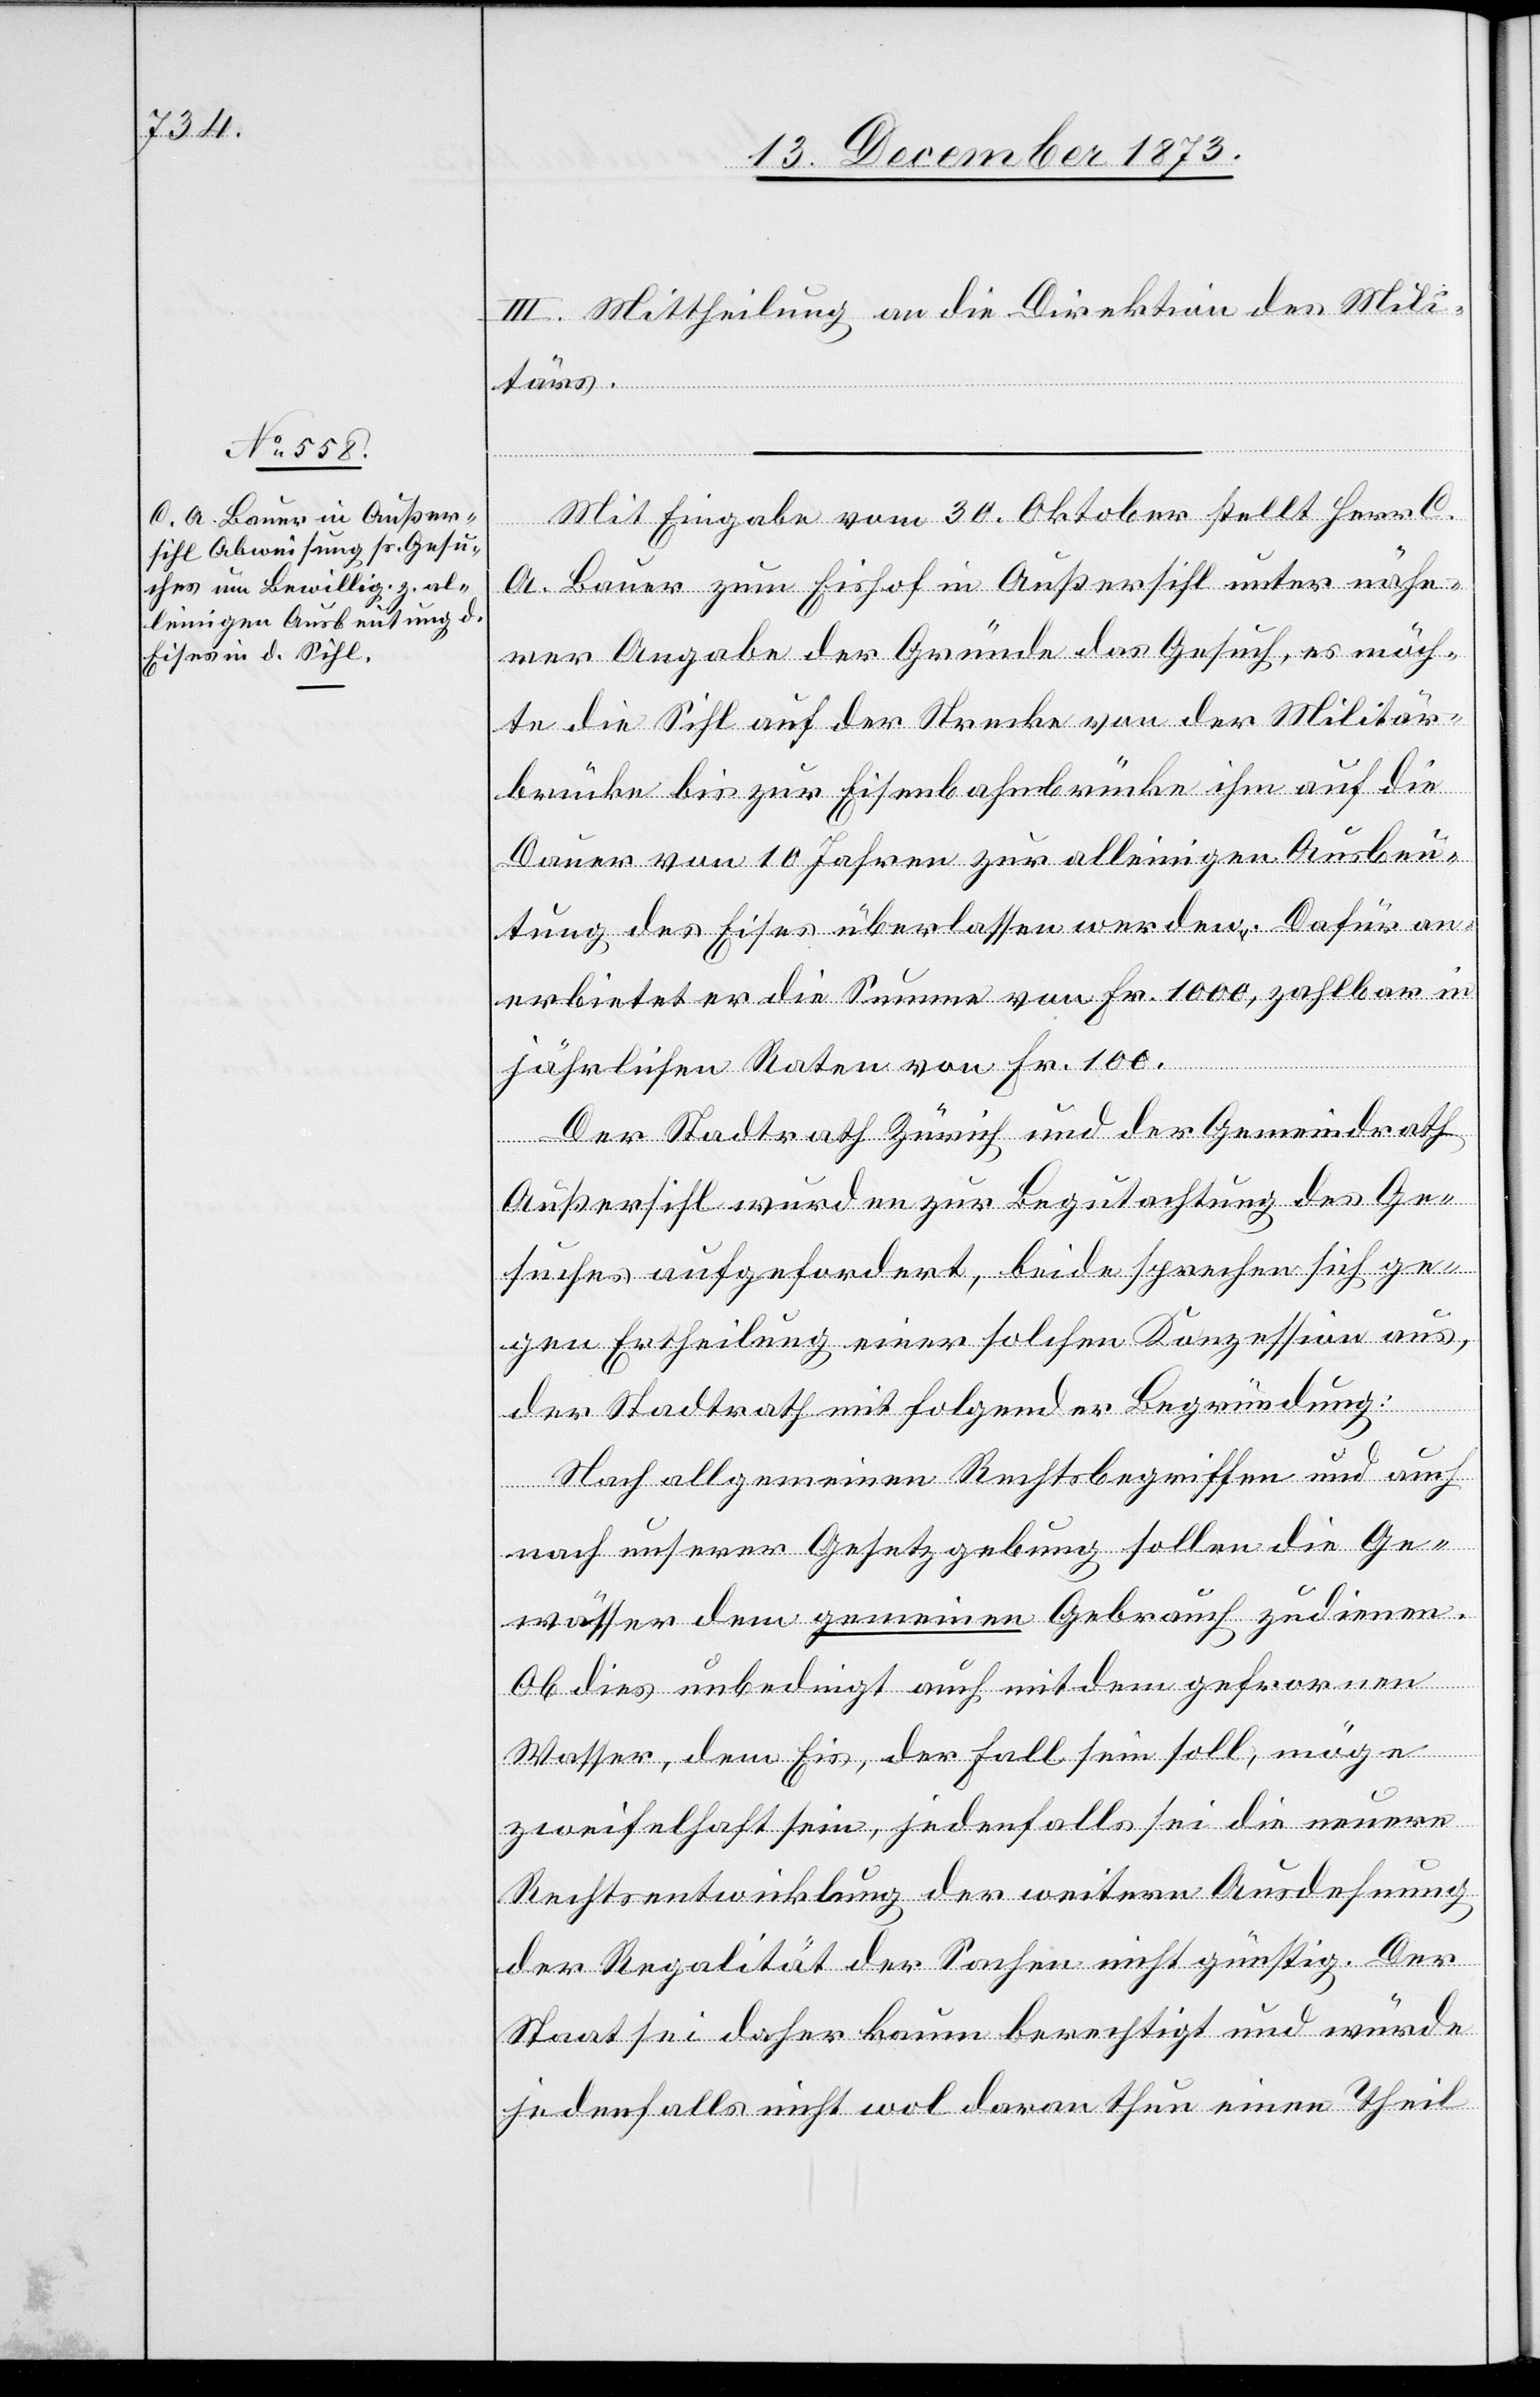
III. Mittheilung an die Direktion des Mili¬
tärs.
Mit Eingabe vom 30. Oktober stellt Herr C.
A. Bauer zum Eishof in Außersihl unter nähe¬
rer Angabe der Gründe das Gesuch, es möch¬
te die Sihl auf der Strecke von der Militär¬
brücke bis zur Eisenbahnbrücke ihm auf die
Dauer von 10 Jahren zur alleinigen Ausbeu¬
tung des Eises überlassen werden. Dafür an¬
erbietet er die Summe von Fr. 1 000, zahlbar in
jährlichen Raten von Fr. 100.
Der Stadtrath Zürich und der Gemeindrath
Außersihl wurden zur Begutachtung des Ge¬
suches aufgefordert, beide sprechen sich ge¬
gen Ertheilung einer solchen Konzession aus,
der Stadtrath mit folgender Begründung:
Nach allgemeinen Rechtsbegriffen und auch
nach unserer Gesetzgebung sollen die Ge¬
wässer dem gemeinen Gebrauch zudienen.
Ob dies unbedingt auch mit dem gefrornen
Wasser, dem Eis, der Fall sein soll, möge
zweifelhaft sein, jedenfalls sei die neuere
Rechtsentwicklung der weitern Ausdehnung
der Regalität der Sachen nicht günstig. Der
Staat sei daher kaum berechtigt und würde
jedenfalls nicht wol daran thun einen Theil